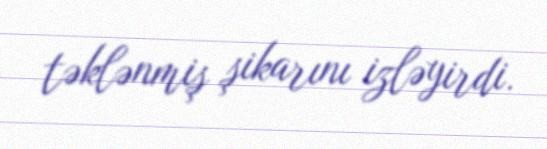
təklənmiş şikarını izləyirdi.